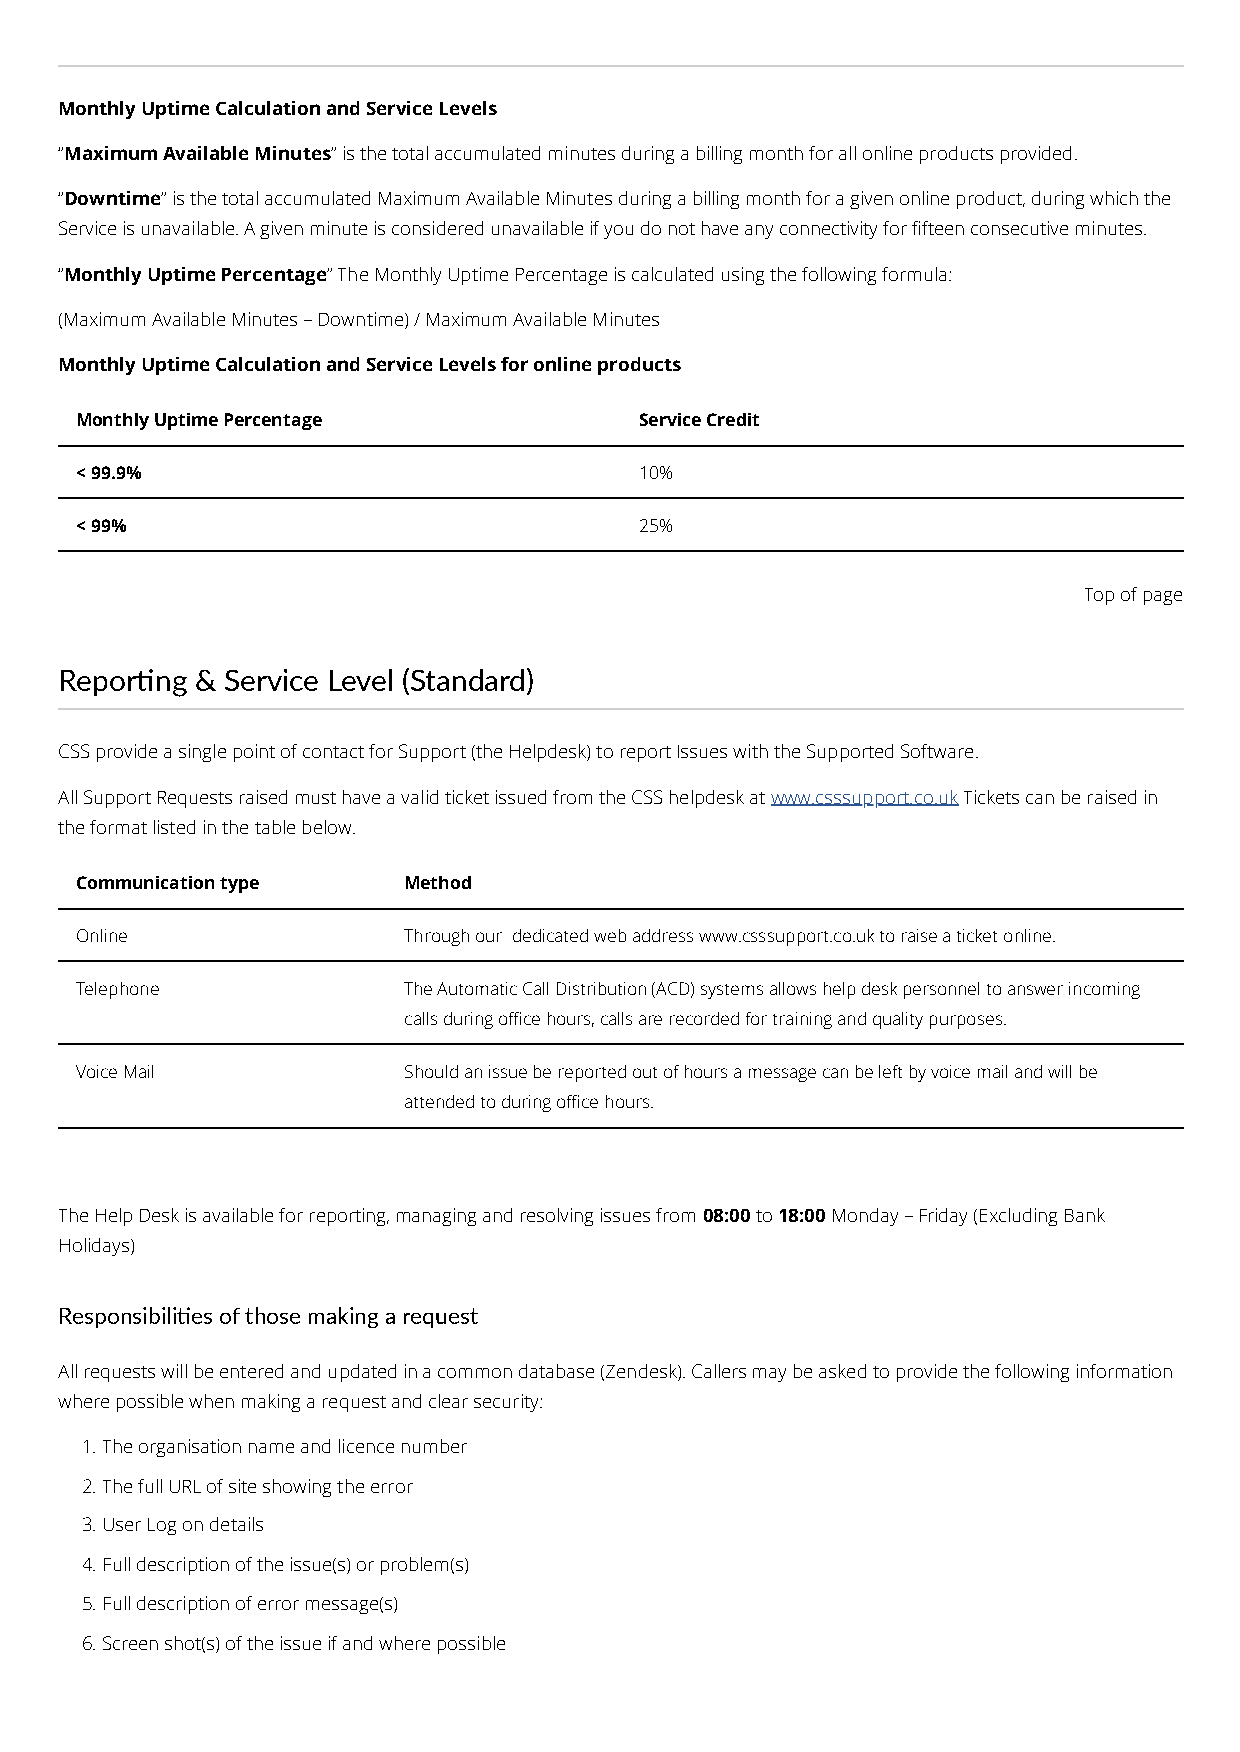
Monthly Uptime Calculation and Service Levels
 “Maximum Available Minutes” is the total accumulated minutes during a billing month for all online products provided.
 “Downtime” is the total accumulated Maximum Available Minutes during a billing month for a given online product, during which the
 Service is unavailable. A given minute is considered unavailable if you do not have any connectivity for fteen consecutive minutes.
 “Monthly Uptime Percentage” The Monthly Uptime Percentage is calculated using the following formula:
 (Maximum Available Minutes – Downtime) / Maximum Available Minutes
 Monthly Uptime Calculation and Service Levels for online products
 Monthly Uptime Percentage            Service Credit
 < 99.9%                              10%
 < 99%                                25%
 Top of page
 Reporng & Service Level (Standard)
 CSS provide a single point of contact for Support (the Helpdesk) to report Issues with the Supported Software.
 All Support Requests raised must have a valid ticket issued from the CSS helpdesk at www.csssupport.co.uk Tickets can be raised in
 the format listed in the table below.
 Communication type    Method
 Online                Through our dedicated web address www.csssupport.co.uk to raise a ticket online.
 Telephone             The Automatic Call Distribution (ACD) systems allows help desk personnel to answer incoming
 calls during oce hours, calls are recorded for training and quality purposes.
 Voice Mail            Should an issue be reported out of hours a message can be left by voice mail and will be
 attended to during oce hours.
 The Help Desk is available for reporting, managing and resolving issues from 08:00 to 18:00 Monday – Friday (Excluding Bank
 Holidays)
 Responsibilies of those making a request
 All requests will be entered and updated in a common database (Zendesk). Callers may be asked to provide the following information
 where possible when making a request and clear security:
 1. The organisation name and licence number
 2. The full URL of site showing the error
 3. User Log on details
 4. Full description of the issue(s) or problem(s)
 5. Full description of error message(s)
 6. Screen shot(s) of the issue if and where possible